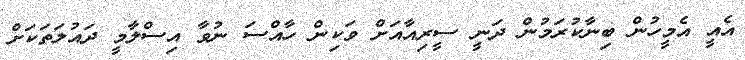
އެއީ އެމީހުން ބިނާކުރަމުން ދަނީ ސީރިއާއަށް ވަކިން ހާއްސަ ނުވާ އިސްލާމީ ދައުލަތަކަށް